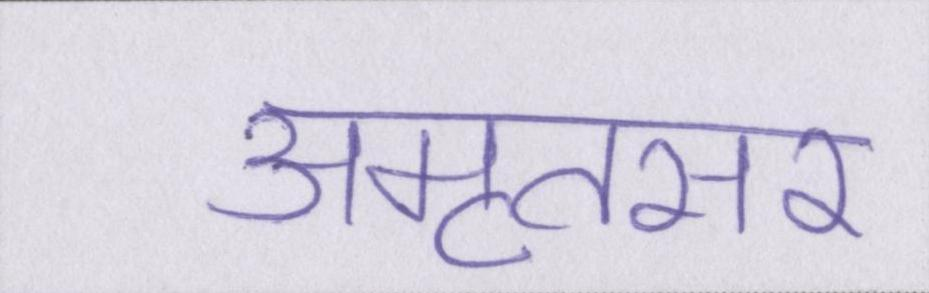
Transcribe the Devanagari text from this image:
अमृतसर